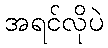
အရင်လိုပဲ